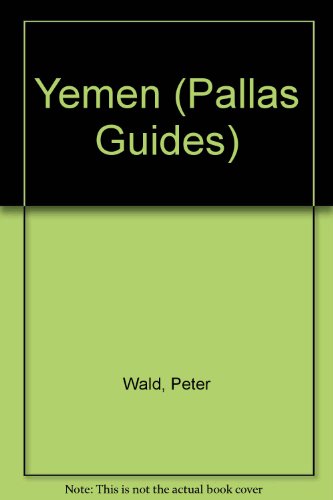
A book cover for Yemen (Pallas Guides); Peter Wald; Travel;